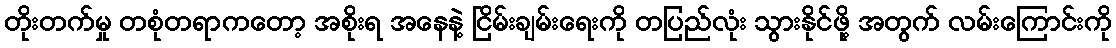
တိုးတက်မှု တစုံတရာကတော့ အစိုးရ အနေနဲ့ ငြိမ်းချမ်းရေးကို တပြည်လုံး သွားနိုင်ဖို့ အတွက် လမ်းကြောင်းကို